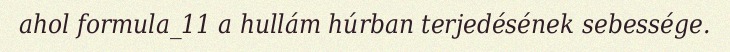
ahol formula_11 a hullám húrban terjedésének sebessége.